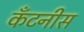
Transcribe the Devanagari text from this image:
कॅंटनीस